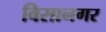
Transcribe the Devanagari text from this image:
विसानगर